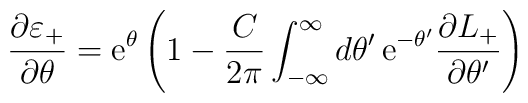
\frac{\partial \varepsilon _{+}}{\partial \theta }=\mathrm{e}^{\theta}\left( 1-\frac{C}{2\pi }\int ^{\infty }_{-\infty }d\theta '\,\mathrm{e}^{-\theta '}\frac{\partial L_{+}}{\partial \theta '}\right)